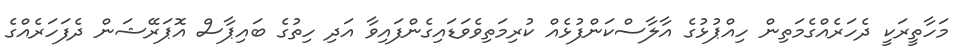
މަހާތީރަކީ ދެހަރެއްގެމަތިން ހިއްޕުޅުގެ އާލާސްކަންފުޅެއް ކުރިމަތިވެވަޑައިގެންފައިވާ އަދި ހިތުގެ ބައިޕާސް އޮޕަރޭޝަން ދެފަހަރެއްގެ